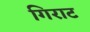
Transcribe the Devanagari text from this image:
गिराट